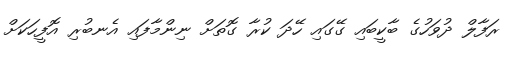
ރަފާލް ދުވަހުގެ ބާކީބައި ގޭގައި ހޭދަ ކުރާ ގޮތަށް ނިންމާފައި އެނބުރި އޮފީހަކަށް